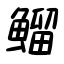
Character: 鰡